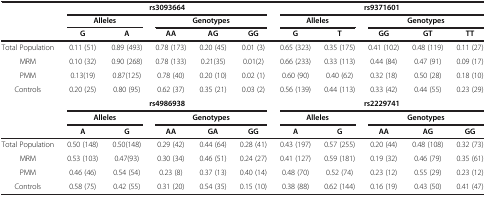
<table><thead><tr><td><b> </b></td><td colspan="5"><b>rs3093664</b></td><td colspan="5"><b>rs9371601</b></td></tr><tr><td><b> </b></td><td colspan="2"><b>Alleles</b></td><td colspan="3"><b>Genotypes</b></td><td colspan="2"><b>Alleles</b></td><td colspan="3"><b>Genotypes</b></td></tr><tr><td><b> </b></td><td><b>G</b></td><td><b>A</b></td><td><b>AA</b></td><td><b>AG</b></td><td><b>GG</b></td><td><b>G</b></td><td><b>T</b></td><td><b>GG</b></td><td><b>GT</b></td><td><b>TT</b></td></tr></thead><tbody><tr><td>Total Population</td><td>0.11 (51)</td><td>0.89 (493)</td><td>0.78 (173)</td><td>0.20 (45)</td><td>0.01 (3)</td><td>0.65 (323)</td><td>0.35 (175)</td><td>0.41 (102)</td><td>0.48 (119)</td><td>0.11 (27)</td></tr><tr><td>MRM</td><td>0.10 (32)</td><td>0.90 (268)</td><td>0.78 (133)</td><td>0.21(35)</td><td>0.01(2)</td><td>0.66 (233)</td><td>0.33 (113)</td><td>0.44 (84)</td><td>0.47 (91)</td><td>0.09 (17)</td></tr><tr><td>PMM</td><td>0.13(19)</td><td>0.87(125)</td><td>0.78 (40)</td><td>0.20 (10)</td><td>0.02 (1)</td><td>0.60 (90)</td><td>0.40 (62)</td><td>0.32 (18)</td><td>0.50 (28)</td><td>0.18 (10)</td></tr><tr><td>Controls</td><td>0.20 (25)</td><td>0.80 (95)</td><td>0.62 (37)</td><td>0.35 (21)</td><td>0.03 (2)</td><td>0.56 (139)</td><td>0.44 (113)</td><td>0.33 (42)</td><td>0.44 (55)</td><td>0.23 (29)</td></tr><tr><td> </td><td colspan="5"><b>rs4986938</b></td><td colspan="5"><b>rs2229741</b></td></tr><tr><td> </td><td colspan="2"><b>Alleles</b></td><td colspan="3"><b>Genotypes</b></td><td colspan="2"><b>Alleles</b></td><td colspan="3"><b>Genotypes</b></td></tr><tr><td> </td><td><b>A</b></td><td><b>G</b></td><td><b>AA</b></td><td><b>GA</b></td><td><b>GG</b></td><td><b>A</b></td><td><b>G</b></td><td><b>AA</b></td><td><b>AG</b></td><td><b>GG</b></td></tr><tr><td>Total Population</td><td>0.50 (148)</td><td>0.50(148)</td><td>0.29 (42)</td><td>0.44 (64)</td><td>0.28 (41)</td><td>0.43 (197)</td><td>0.57 (255)</td><td>0.20 (44)</td><td>0.48 (108)</td><td>0.32 (73)</td></tr><tr><td>MRM</td><td>0.53 (103)</td><td>0.47(93)</td><td>0.30 (34)</td><td>0.46 (51)</td><td>0.24 (27)</td><td>0.41 (127)</td><td>0.59 (181)</td><td>0.19 (32)</td><td>0.46 (79)</td><td>0.35 (61)</td></tr><tr><td>PMM</td><td>0.46 (46)</td><td>0.54 (54)</td><td>0.23 (8)</td><td>0.37 (13)</td><td>0.40 (14)</td><td>0.48 (70)</td><td>0.52 (74)</td><td>0.23 (12)</td><td>0.55 (29)</td><td>0.23 (12)</td></tr><tr><td>Controls</td><td>0.58 (75)</td><td>0.42 (55)</td><td>0.31 (20)</td><td>0.54 (35)</td><td>0.15 (10)</td><td>0.38 (88)</td><td>0.62 (144)</td><td>0.16 (19)</td><td>0.43 (50)</td><td>0.41 (47)</td></tr></tbody></table>